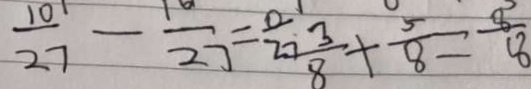
\frac { 1 0 } { 2 7 } - \frac { 1 0 } { 2 7 } = \frac { 0 } { 2 7 } \frac { 3 } { 8 } + \frac { 5 } { 8 } = \frac { 8 } { 8 }